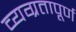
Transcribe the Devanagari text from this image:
व्यग्रतापूर्ण